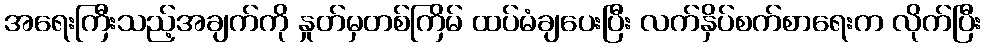
အရေးကြီးသည့်အချက်ကို နှုတ်မှတစ်ကြိမ် ထပ်မံချပေးပြီး လက်နှိပ်စက်စာရေးက လိုက်ပြီး